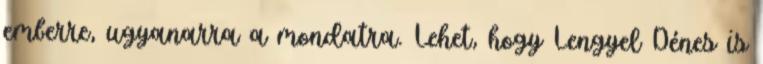
emberre, ugyanarra a mondatra. Lehet, hogy Lengyel Dénes is